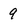
Character: 9